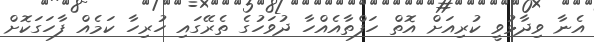
އެނާ ވިދާޅުވީ ކުރިއަށް އޮތް ހަފްތާއެއްހާ ދުވަހުގެ ތެރޭގައި ހުރިހާ ކަމެެއް ފާހަގަކޮށް